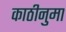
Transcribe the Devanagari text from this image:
काठीनुमा